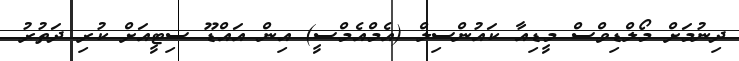
ދިނުމަށް މޯލްޑިވްސް މީޑިއާ ކައުންސިލް (އެމްއެމްސީ) އިން އައްޑޫ ސިޓީއަށް ކުރި ދަތުރު